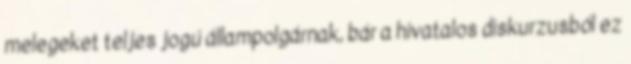
melegeket teljes jogú állampolgárnak, bár a hivatalos diskurzusból ez